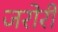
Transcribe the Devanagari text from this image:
जरोरी